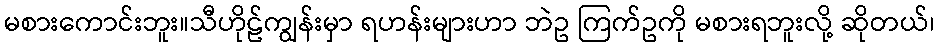
မစားကောင်းဘူး။သီဟိုဠ်ကျွန်းမှာ ရဟန်းများဟာ ဘဲဥ ကြက်ဥကို မစားရဘူးလို့ ဆိုတယ်၊